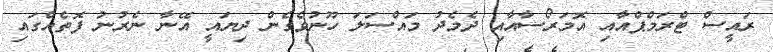
ރައީސް ޓްރަމްޕްއާއި އޮމަރޯސާއާއި ދެމެދު މައްސަލަ ހޫނުވެގެން ދިޔައީ އޭނާ ނެެރުނު ފޮތެއްގައި